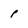
Character: p